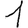
Digit: 1